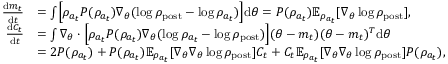
\begin{array} { r l } { \frac { \mathrm { d } m _ { t } } { \mathrm { d } t } } & { = \int \Bigl [ \rho _ { a _ { t } } P ( \rho _ { a _ { t } } ) \nabla _ { \theta } ( \log \rho _ { \mathrm { p o s t } } - \log \rho _ { a _ { t } } ) \Bigr ] \mathrm { d } \theta = P ( \rho _ { a _ { t } } ) \mathbb { E } _ { \rho _ { a _ { t } } } [ \nabla _ { \theta } \log \rho _ { \mathrm { p o s t } } ] , } \\ { \frac { \mathrm { d } C _ { t } } { \mathrm { d } t } } & { = \int \nabla _ { \theta } \cdot \Bigl [ \rho _ { a _ { t } } P ( \rho _ { a _ { t } } ) \nabla _ { \theta } ( \log \rho _ { a _ { t } } - \log \rho _ { \mathrm { p o s t } } ) \Bigr ] ( \theta - m _ { t } ) ( \theta - m _ { t } ) ^ { T } \mathrm { d } \theta } \\ & { = 2 P ( \rho _ { a _ { t } } ) + P ( \rho _ { a _ { t } } ) \mathbb { E } _ { \rho _ { a _ { t } } } [ \nabla _ { \theta } \nabla _ { \theta } \log \rho _ { \mathrm { p o s t } } ] C _ { t } + C _ { t } \mathbb { E } _ { \rho _ { a _ { t } } } [ \nabla _ { \theta } \nabla _ { \theta } \log \rho _ { \mathrm { p o s t } } ] P ( \rho _ { a _ { t } } ) , } \end{array}